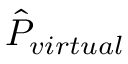
\hat { P } _ { v i r t u a l }